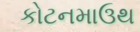
કોટનમાઉથ